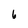
Character: 6